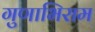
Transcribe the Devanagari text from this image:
गुणाभिराम